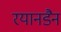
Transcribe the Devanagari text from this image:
रयानडैन